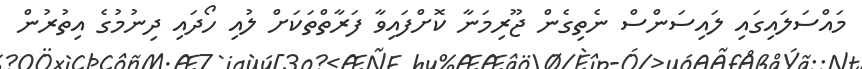
މައްސަލައިގައި ލައިސަންސް ނެތިގެން ޖޫރިމަނާ ކޮށްފައިވާ ފަރާތްތަކަށް ލުއި ހޯދައި ދިނުމުގެ އިތުރުން